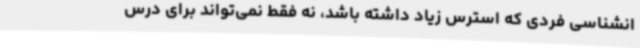
انشناسی فردی که استرس زیاد داشته باشد، نه فقط نمی‌تواند برای درس